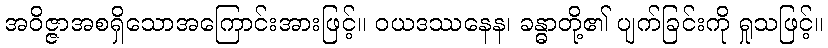
အဝိဇ္ဇာအစရှိသောအကြောင်းအားဖြင့်။ ဝယဒဿနေန၊ ခန္ဓာတို့၏ ပျက်ခြင်းကို ရှုသဖြင့်။